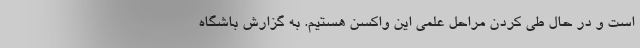
است و در حال طی کردن مراحل علمی این واکسن هستیم. به گزارش باشگاه